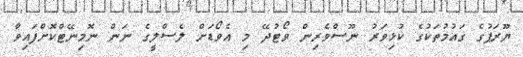
ޔޫރަޕުގެ ގައުމުތަކުގެ ކުޅިވަރު ނޫސްވެރިން ވޯޓުދޭ މި އެވޯޑަށް ލެސްލީގެ ނަން ނޮމިނޭޓްކޮށްފައިވާ